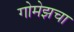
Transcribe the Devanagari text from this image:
गोमेझचा